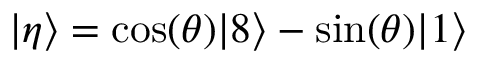
| \eta \rangle = \cos ( \theta ) | 8 \rangle - \sin ( \theta ) | 1 \rangle